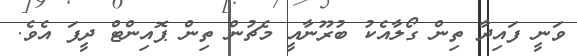
ވަނީ ފައިދާ ތިން ގޯލާއެކު ބުރޫނާއީ މެޗުން ތިން ޕޮއިންޓް ދީފަ އެވެ.